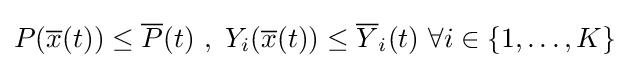
P({\overline {x}}(t))\leq {\overline {P}}(t){\text{   }},{\text{    }}Y_{i}({\overline {x}}(t))\leq {\overline {Y}}_{i}(t){\text{ }}\forall i\in \{1,\ldots ,K\}